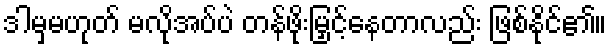
ဒါမှမဟုတ် မလိုအပ်ပဲ တန်ဖိုးမြှင့်နေတာလည်း ဖြစ်နိုင်၏။